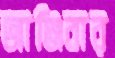
জাঞ্জিবার